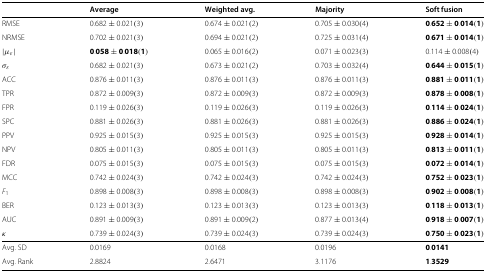
<table><thead><tr><td></td><td><b>Average</b></td><td><b>Weighted avg.</b></td><td><b>Majority</b></td><td><b>Soft fusion</b></td></tr></thead><tbody><tr><td>RMSE</td><td>0.682 ± 0.021(3)</td><td>0.674 ± 0.021(2)</td><td>0.705 ± 0.030(4)</td><td><b>0.652 ± 0.014(1)</b></td></tr><tr><td>NRMSE</td><td>0.702 ± 0.021(3)</td><td>0.694 ± 0.021(2)</td><td>0.725 ± 0.031(4)</td><td><b>0.671 ± 0.014(1)</b></td></tr><tr><td>|<i>μ</i><sub><i>ε</i></sub>|</td><td><b>0.058 ± 0.018(1)</b></td><td>0.065 ± 0.016(2)</td><td>0.071 ± 0.023(3)</td><td>0.114 ± 0.008(4)</td></tr><tr><td><i>σ</i><sub><i>ε</i></sub></td><td>0.682 ± 0.021(3)</td><td>0.673 ± 0.021(2)</td><td>0.703 ± 0.032(4)</td><td><b>0.644 ± 0.015(1)</b></td></tr><tr><td>ACC</td><td>0.876 ± 0.011(3)</td><td>0.876 ± 0.011(3)</td><td>0.876 ± 0.011(3)</td><td><b>0.881 ± 0.011(1)</b></td></tr><tr><td>TPR</td><td>0.872 ± 0.009(3)</td><td>0.872 ± 0.009(3)</td><td>0.872 ± 0.009(3)</td><td><b>0.878 ± 0.008(1)</b></td></tr><tr><td>FPR</td><td>0.119 ± 0.026(3)</td><td>0.119 ± 0.026(3)</td><td>0.119 ± 0.026(3)</td><td><b>0.114 ± 0.024(1)</b></td></tr><tr><td>SPC</td><td>0.881 ± 0.026(3)</td><td>0.881 ± 0.026(3)</td><td>0.881 ± 0.026(3)</td><td><b>0.886 ± 0.024(1)</b></td></tr><tr><td>PPV</td><td>0.925 ± 0.015(3)</td><td>0.925 ± 0.015(3)</td><td>0.925 ± 0.015(3)</td><td><b>0.928 ± 0.014(1)</b></td></tr><tr><td>NPV</td><td>0.805 ± 0.011(3)</td><td>0.805 ± 0.011(3)</td><td>0.805 ± 0.011(3)</td><td><b>0.813 ± 0.011(1)</b></td></tr><tr><td>FDR</td><td>0.075 ± 0.015(3)</td><td>0.075 ± 0.015(3)</td><td>0.075 ± 0.015(3)</td><td><b>0.072 ± 0.014(1)</b></td></tr><tr><td>MCC</td><td>0.742 ± 0.024(3)</td><td>0.742 ± 0.024(3)</td><td>0.742 ± 0.024(3)</td><td><b>0.752 ± 0.023(1)</b></td></tr><tr><td><i>F</i><sub>1</sub></td><td>0.898 ± 0.008(3)</td><td>0.898 ± 0.008(3)</td><td>0.898 ± 0.008(3)</td><td><b>0.902 ± 0.008(1)</b></td></tr><tr><td>BER</td><td>0.123 ± 0.013(3)</td><td>0.123 ± 0.013(3)</td><td>0.123 ± 0.013(3)</td><td><b>0.118 ± 0.013(1)</b></td></tr><tr><td>AUC</td><td>0.891 ± 0.009(3)</td><td>0.891 ± 0.009(2)</td><td>0.877 ± 0.013(4)</td><td><b>0.918 ± 0.007(1)</b></td></tr><tr><td><i>κ</i></td><td>0.739 ± 0.024(3)</td><td>0.739 ± 0.024(3)</td><td>0.739 ± 0.024(3)</td><td><b>0.750 ± 0.023(1)</b></td></tr><tr><td>Avg. SD</td><td>0.0169</td><td>0.0168</td><td>0.0196</td><td><b>0.0141</b></td></tr><tr><td>Avg. Rank</td><td>2.8824</td><td>2.6471</td><td>3.1176</td><td><b>1.3529</b></td></tr></tbody></table>